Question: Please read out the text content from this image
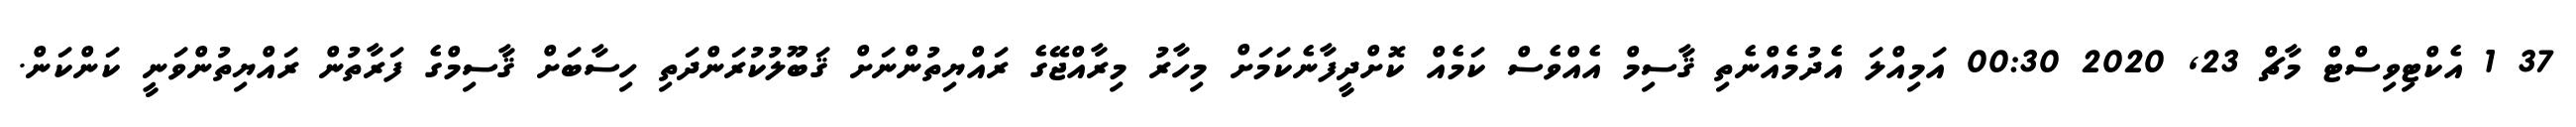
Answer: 37 1 އެކްޓިވިސްޓް މާޗް 23, 2020 00:30 އަމިއްލަ އެދުމެއްނެތި ޤާސިމް އެއްވެސް ކަމެއް ކޮށްދީފާނެކަމަށް މިހާރު މިރާއްޖޭގެ ރައްޔިތުންނަށް ޤަބޫލުކުރަންދަތި ހިސާބަށް ޤާސިމްގެ ފަރާތުން ރައްޔިތުންވަނީ ކަންކަން.